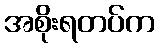
အစိုးရတပ်က